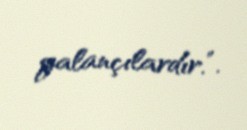
yalançılardır.”.